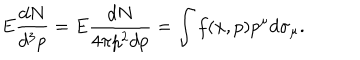
LaTeX: E { \frac { d N } { d ^ { 3 } p } } = E { \frac { d N } { 4 \pi p ^ { 2 } d p } } = \int f ( x , p ) p ^ { \mu } d \sigma _ { \mu } .